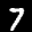
Label: 7